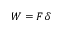
W = F \delta